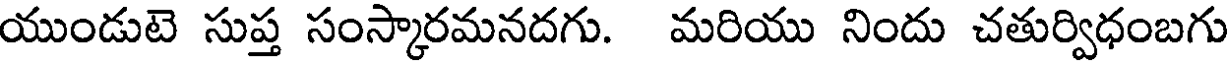
యుండుటె సుప్త సంస్కారమనదగు. మరియు నిందు చతుర్విధంబగు